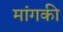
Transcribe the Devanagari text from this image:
मांगकी